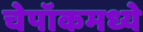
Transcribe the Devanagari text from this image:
चेपॉकमध्ये